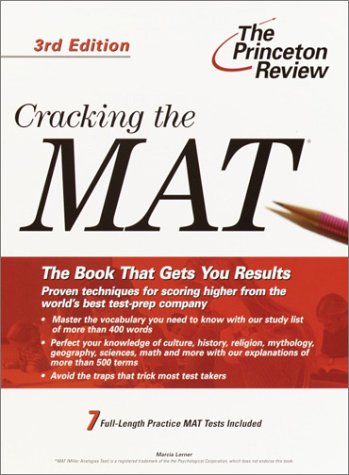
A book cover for Cracking the MAT, 3rd Edition (Graduate School Test Preparation); Marcia Lerner; Test Preparation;